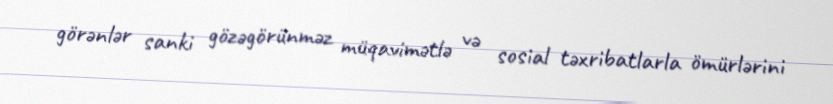
görənlər sanki gözəgörünməz müqavimətlə və sosial təxribatlarla ömürlərini